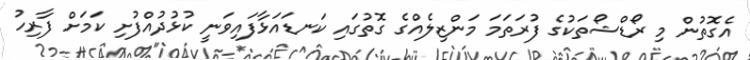
އެގޮތުން މި ރޯޑްޝޯތަކުގެ ފުރަތަމަ މަންޒިލެއްގެ ގޮތުގައި ކަނޑައަޅާފައިވަނީ ކުޅުދުއްފުށި ކަމަށް ފާރިހު